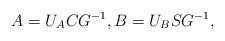
LaTeX: \begin{align*}A=U_ACG^{-1},B=U_BSG^{-1},\end{align*}